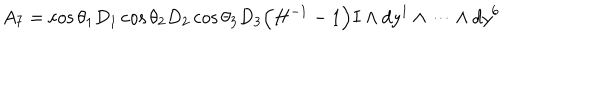
A _ { 7 } = \cos \theta _ { 1 } D _ { 1 } \cos \theta _ { 2 } D _ { 2 } \cos \theta _ { 3 } D _ { 3 } \Big ( H ^ { - 1 } - 1 \Big ) I \wedge d y ^ { 1 } \wedge \cdots \wedge d y ^ { 6 }